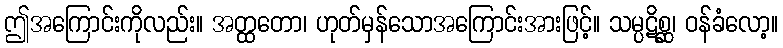
ဤအကြောင်းကိုလည်း။ အတ္ထတော၊ ဟုတ်မှန်သောအကြောင်းအားဖြင့်။ သမ္ပဋိစ္ဆ၊ ဝန်ခံလော့။